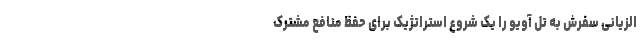
الزیانی سفرش به تل آویو را یک شروع استراتژیک برای حفظ منافع مشترک